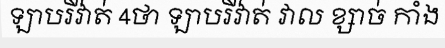
ឡាបរិវ៉ាត់ 4ថា ឡាបរិវ៉ាត់ វាល ខ្សាច់ កាំង